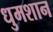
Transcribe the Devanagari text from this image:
धुमशान